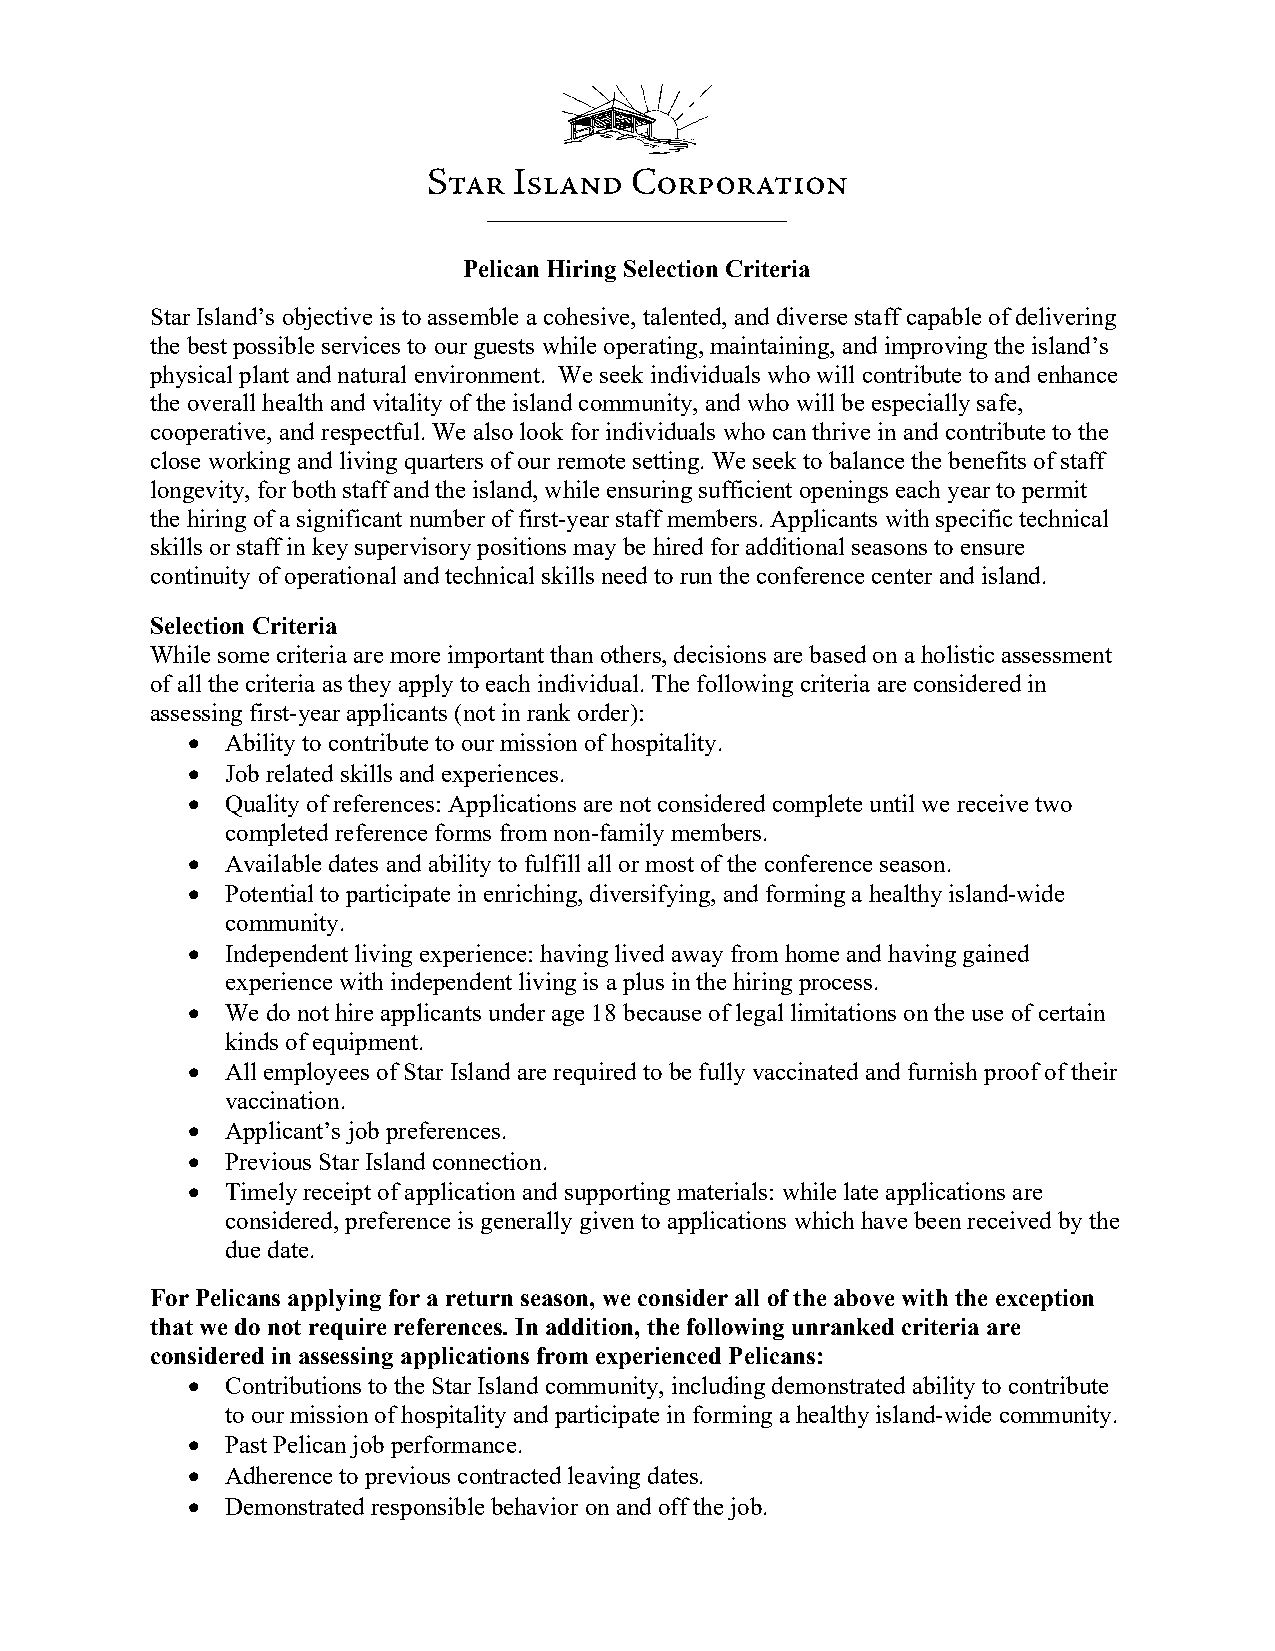
Pelican Hiring Selection Criteria
 Star Island’s objective is to assemble a cohesive, talented, and diverse staff capable of delivering
 the best possible services to our guests while operating, maintaining, and improving the island’s
 physical plant and natural environment. We seek individuals who will contribute to and enhance
 the overall health and vitality of the island community, and who will be especially safe,
 cooperative, and respectful. We also look for individuals who can thrive in and contribute to the
 close working and living quarters of our remote setting. We seek to balance the benefits of staff
 longevity, for both staff and the island, while ensuring sufficient openings each year to permit
 the hiring of a significant number of first-year staff members. Applicants with specific technical
 skills or staff in key supervisory positions may be hired for additional seasons to ensure
 continuity of operational and technical skills need to run the conference center and island.
 Selection Criteria
 While some criteria are more important than others, decisions are based on a holistic assessment
 of all the criteria as they apply to each individual. The following criteria are considered in
 assessing first-year applicants (not in rank order):
   Ability to contribute to our mission of hospitality.
   Job related skills and experiences.
   Quality of references: Applications are not considered complete until we receive two
 completed reference forms from non-family members.
   Available dates and ability to fulfill all or most of the conference season.
   Potential to participate in enriching, diversifying, and forming a healthy island-wide
 community.
   Independent living experience: having lived away from home and having gained
 experience with independent living is a plus in the hiring process.
   We do not hire applicants under age 18 because of legal limitations on the use of certain
 kinds of equipment.
   All employees of Star Island are required to be fully vaccinated and furnish proof of their
 vaccination.
   Applicant’s job preferences.
   Previous Star Island connection.
   Timely receipt of application and supporting materials: while late applications are
 considered, preference is generally given to applications which have been received by the
 due date.
 For Pelicans applying for a return season, we consider all of the above with the exception
 that we do not require references. In addition, the following unranked criteria are
 considered in assessing applications from experienced Pelicans:
   Contributions to the Star Island community, including demonstrated ability to contribute
 to our mission of hospitality and participate in forming a healthy island-wide community.
   Past Pelican job performance.
   Adherence to previous contracted leaving dates.
   Demonstrated responsible behavior on and off the job.